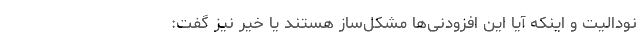
نودالیت و اینکه آیا این افزودنی­ها مشکل­ساز هستند یا خیر نیز گفت: